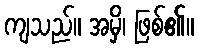
ကျသည်။ အမှိ၊ ဖြစ်၏။